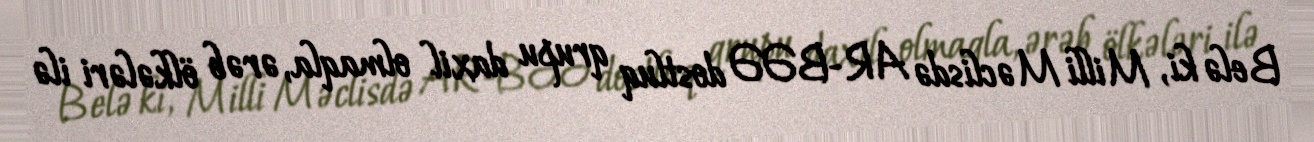
Belə ki, Milli Məclisdə AR-BƏƏ dostluq qrupu daxil olmaqla, ərəb ölkələri ilə